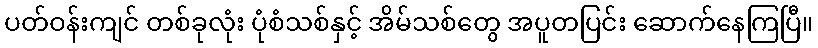
ပတ်ဝန်းကျင် တစ်ခုလုံး ပုံစံသစ်နှင့် အိမ်သစ်တွေ အပူတပြင်း ဆောက်နေကြပြီ။